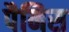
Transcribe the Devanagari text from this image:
पैनिस